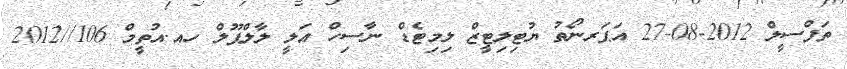
ތަފްސީލް 2012-08-27 އަޕަރނޯތު ޔުޓިލިޓީޒް ލިމިޓެޑް ނާސިހް ޢަލީ ލާލްޕޫލް ހއ.އުތީމް 106//2012